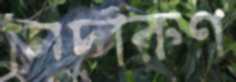
নিদারুণ